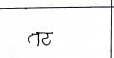
मजकूर: तट